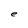
Character: e